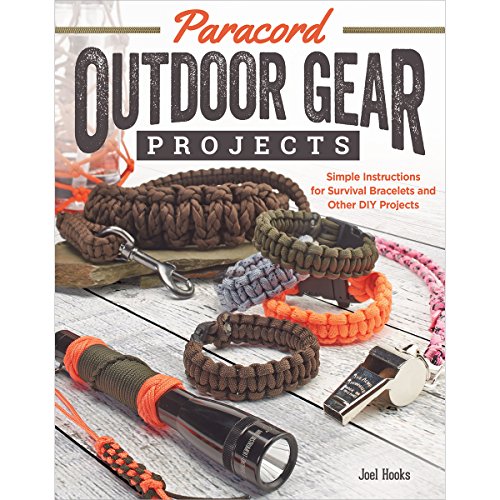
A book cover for Paracord Outdoor Gear Projects: Simple Instructions for Survival Bracelets and Other DIY Projects; Pepperell Company; Crafts, Hobbies & Home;